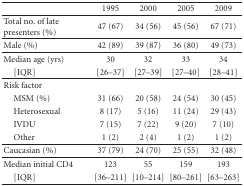
<table><thead><tr><td></td><td><b>1995</b></td><td><b>2000</b></td><td><b>2005</b></td><td><b>2009</b></td></tr></thead><tbody><tr><td>Total no. of late presenters (%)</td><td>47 (67)</td><td>34 (56)</td><td>45 (56)</td><td>67 (71) </td></tr><tr><td>Male (%)</td><td>42 (89)</td><td>39 (87)</td><td>36 (80)</td><td>49 (73) </td></tr><tr><td>Median age (yrs)</td><td>30</td><td>32</td><td>33</td><td>34</td></tr><tr><td> [IQR]</td><td>[26–37]</td><td>[27–39]</td><td>[27–40]</td><td>[28–41]</td></tr><tr><td>Risk factor</td><td></td><td></td><td></td><td></td></tr><tr><td> MSM (%)</td><td>31 (66)</td><td>20 (58)</td><td>24 (54)</td><td>30 (45)</td></tr><tr><td> Heterosexual</td><td>8 (17)</td><td>5 (16)</td><td>11 (24)</td><td>29 (43)</td></tr><tr><td> IVDU</td><td>7 (15)</td><td>7 (22)</td><td>9 (20)</td><td>7 (10)</td></tr><tr><td> Other</td><td>1 (2)</td><td>2 (4)</td><td>1 (2)</td><td>1 (2) </td></tr><tr><td>Caucasian (%)</td><td>37 (79)</td><td>24 (70)</td><td>25 (55)</td><td>32 (48) </td></tr><tr><td>Median initial CD4</td><td>123</td><td>55</td><td>159</td><td>193</td></tr><tr><td> [IQR]</td><td>[36–211]</td><td>[10–214]</td><td>[80–261]</td><td>[63–263]</td></tr></tbody></table>